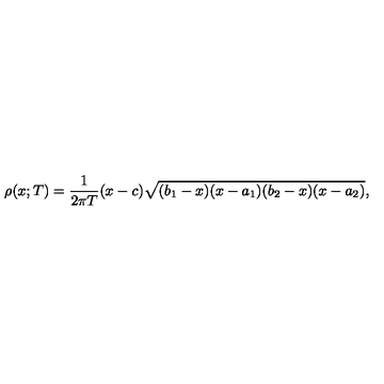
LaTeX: \rho ( x ; T ) = \frac { 1 } { 2 \pi T } ( x - c ) \sqrt { ( b _ { 1 } - x ) ( x - a _ { 1 } ) ( b _ { 2 } - x ) ( x - a _ { 2 } ) } ,